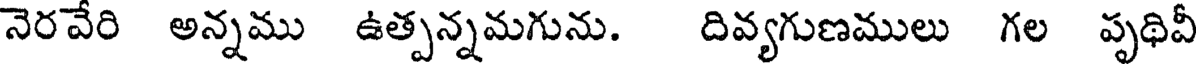
నెరవేరి అన్నము ఉత్పన్నమగును. దివ్యగుణములు గల పృథివీ